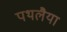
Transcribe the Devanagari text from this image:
पथलैया